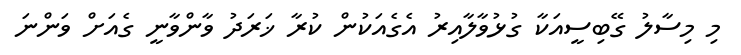
މި މިސާލު ގޭބިސީއަކާ ގުޅުވާލާއިރު އެގެއަކުން ކުރާ ޚަރަދު ވާންވާނީ ގެއަށް ވަންނަ